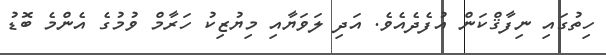
ހިތުގައި ނިފާޤްކަން އުފެދެއެވެ. އަދި ލަވަޔާއި މިޔުޒިކު ހަރާމް ވުމުގެ އެންމެ ބޮޑު